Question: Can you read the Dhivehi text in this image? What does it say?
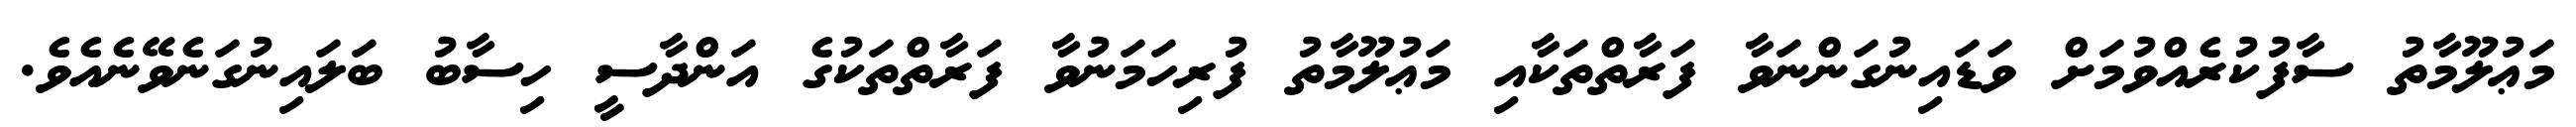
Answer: މަޢުލޫމާތު ސާފުކުރެއްވުމަށް ވަޑައިނުގަންނަވާ ފަރާތްތަކާއި މަޢުލޫމާތު ފުރިހަމަނުވާ ފަރާތްތަކުގެ އަންދާސީ ހިސާބު ބަލައިނުގަނެވޭނެއެވެ.